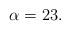
LaTeX: \begin{align*}\alpha=23.\end{align*}